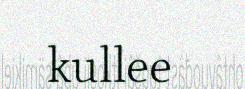
kullee